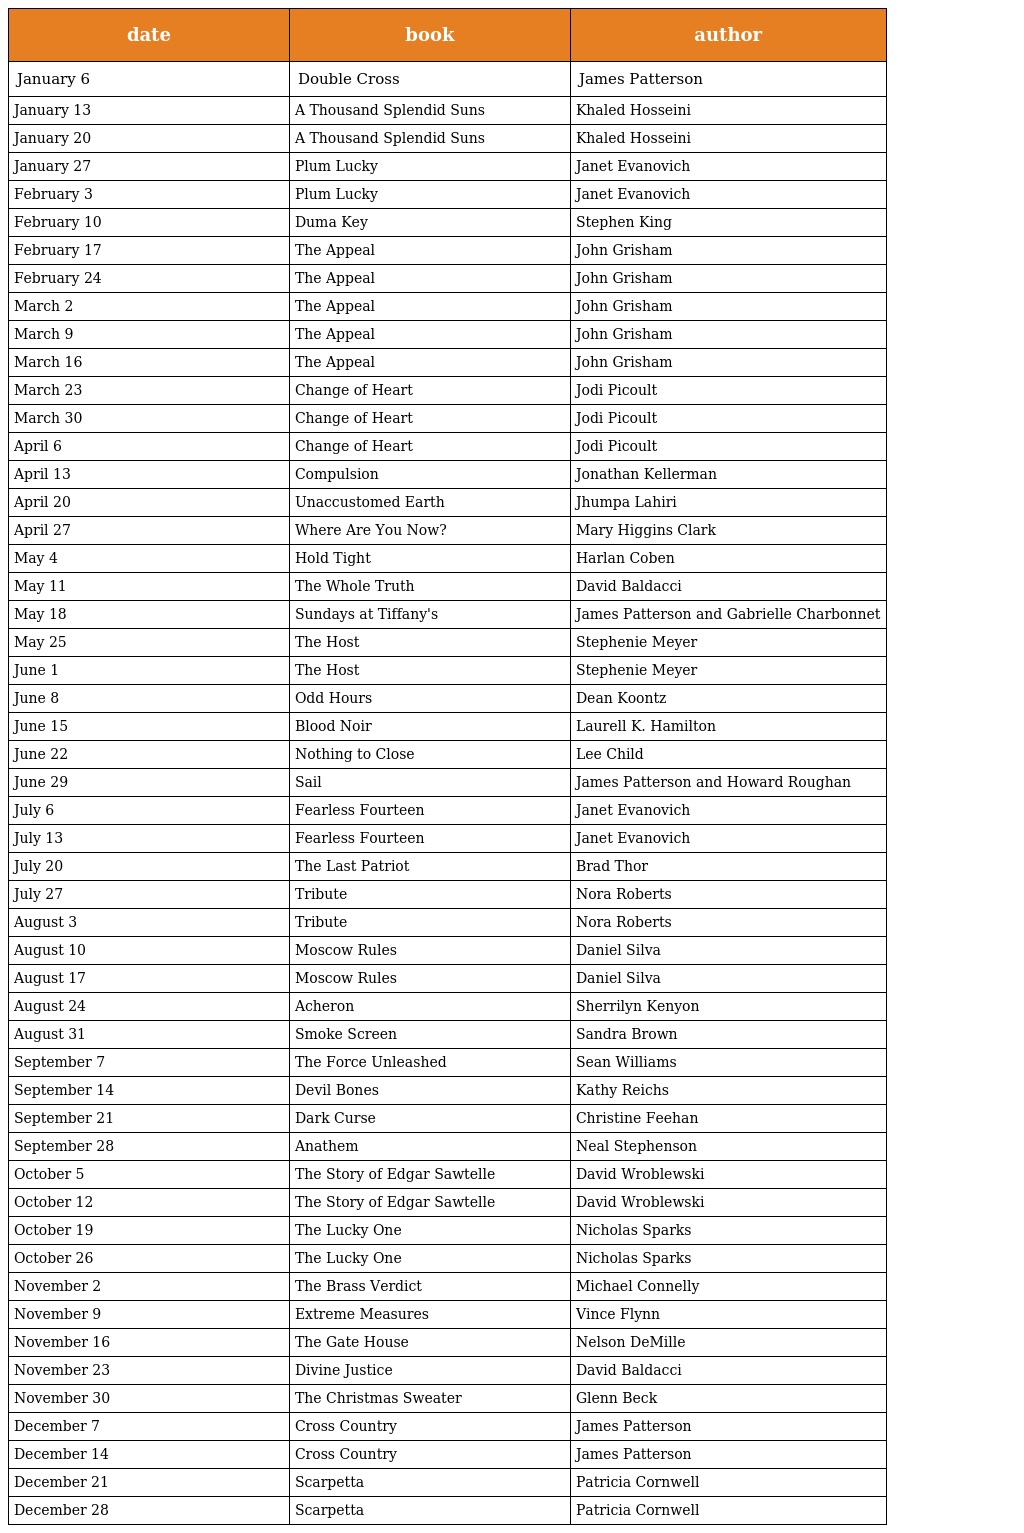
| date | book | author |
 | --- | --- | --- |
 | January 6 | Double Cross | James Patterson |
 | January 13 | A Thousand Splendid Suns | Khaled Hosseini |
 | January 20 | A Thousand Splendid Suns | Khaled Hosseini |
 | January 27 | Plum Lucky | Janet Evanovich |
 | February 3 | Plum Lucky | Janet Evanovich |
 | February 10 | Duma Key | Stephen King |
 | February 17 | The Appeal | John Grisham |
 | February 24 | The Appeal | John Grisham |
 | March 2 | The Appeal | John Grisham |
 | March 9 | The Appeal | John Grisham |
 | March 16 | The Appeal | John Grisham |
 | March 23 | Change of Heart | Jodi Picoult |
 | March 30 | Change of Heart | Jodi Picoult |
 | April 6 | Change of Heart | Jodi Picoult |
 | April 13 | Compulsion | Jonathan Kellerman |
 | April 20 | Unaccustomed Earth | Jhumpa Lahiri |
 | April 27 | Where Are You Now? | Mary Higgins Clark |
 | May 4 | Hold Tight | Harlan Coben |
 | May 11 | The Whole Truth | David Baldacci |
 | May 18 | Sundays at Tiffany's | James Patterson and Gabrielle Charbonnet |
 | May 25 | The Host | Stephenie Meyer |
 | June 1 | The Host | Stephenie Meyer |
 | June 8 | Odd Hours | Dean Koontz |
 | June 15 | Blood Noir | Laurell K. Hamilton |
 | June 22 | Nothing to Close | Lee Child |
 | June 29 | Sail | James Patterson and Howard Roughan |
 | July 6 | Fearless Fourteen | Janet Evanovich |
 | July 13 | Fearless Fourteen | Janet Evanovich |
 | July 20 | The Last Patriot | Brad Thor |
 | July 27 | Tribute | Nora Roberts |
 | August 3 | Tribute | Nora Roberts |
 | August 10 | Moscow Rules | Daniel Silva |
 | August 17 | Moscow Rules | Daniel Silva |
 | August 24 | Acheron | Sherrilyn Kenyon |
 | August 31 | Smoke Screen | Sandra Brown |
 | September 7 | The Force Unleashed | Sean Williams |
 | September 14 | Devil Bones | Kathy Reichs |
 | September 21 | Dark Curse | Christine Feehan |
 | September 28 | Anathem | Neal Stephenson |
 | October 5 | The Story of Edgar Sawtelle | David Wroblewski |
 | October 12 | The Story of Edgar Sawtelle | David Wroblewski |
 | October 19 | The Lucky One | Nicholas Sparks |
 | October 26 | The Lucky One | Nicholas Sparks |
 | November 2 | The Brass Verdict | Michael Connelly |
 | November 9 | Extreme Measures | Vince Flynn |
 | November 16 | The Gate House | Nelson DeMille |
 | November 23 | Divine Justice | David Baldacci |
 | November 30 | The Christmas Sweater | Glenn Beck |
 | December 7 | Cross Country | James Patterson |
 | December 14 | Cross Country | James Patterson |
 | December 21 | Scarpetta | Patricia Cornwell |
 | December 28 | Scarpetta | Patricia Cornwell |